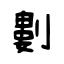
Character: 𠞭